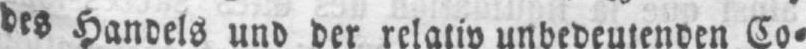
des Handels und der relativ unbedeutenden Co⸗